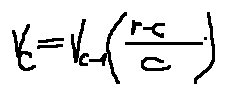
v _ { c } = v _ { c - 1 } ( \frac { r - c } { c } )